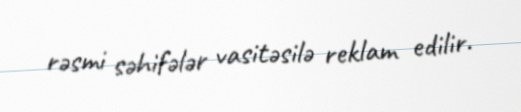
rəsmi səhifələr vasitəsilə reklam edilir.